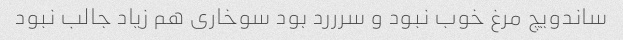
ساندویچ مرغ خوب نبود و سرررد بود سوخاری هم زیاد جالب نبود